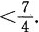
$$< \frac{7}{4}$$ .